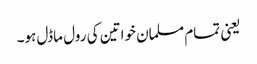
یعنی تمام مسلمان خواتین کی رول ماڈل ہو۔